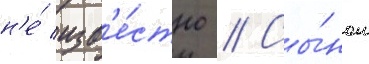
н'е́ изв'е́стно // Сы́ном